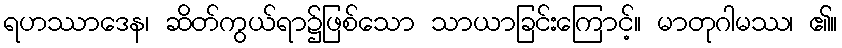
ရဟဿာဒေန၊ ဆိတ်ကွယ်ရာ၌ဖြစ်သော သာယာခြင်းကြောင့်။ မာတုဂါမဿ၊ ၏။